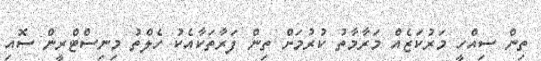
ތިން ސިއްހީ މަރުކަޒެއް މަރާމާތު ކުރުމަށް ތިން ފަރާތަކާއެކު ހެލްތު މިނިސްޓްރީން ސޮއި